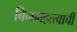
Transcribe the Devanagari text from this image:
बिनमहत्त्वाची